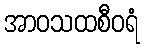
အာဝသထစီဝရံ